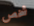
شخص